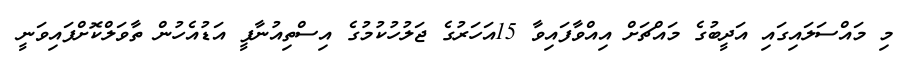
މި މައްސަލައިގައި އަދީބުގެ މައްޗަށް އިއްވާފައިވާ 15އަަހަރުގެ ޖަލުހުކުމުގެ އިސްތިއުނާފީ އަޑުއެހުން ތާވަލްކޮށްފަައިވަނީ